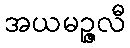
အယမဉ္ဇလီ